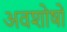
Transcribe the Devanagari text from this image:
अवशोषों